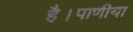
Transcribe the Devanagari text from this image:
है।पाणीया